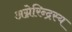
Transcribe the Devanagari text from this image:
अग्नेरिन्द्रस्य